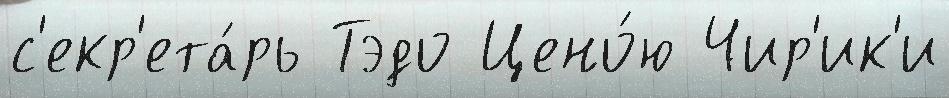
с'екр'ета́рь Тэдо Цено́ю Чир'ик'и